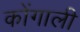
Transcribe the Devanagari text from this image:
कोंगाली